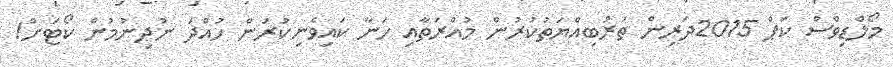
މޯލްޑިވްސް ކަޕް 2015ދަރިން ތަރުބިއްޔަތުކުރުން މުއްރަތާއި ހަނާ ކައިވެނިކުރަން ހުއްދަ ނުދިނުމުން ކޯޓަށް!